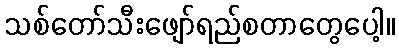
သစ်တော်သီးဖျော်ရည်စတာတွေပေါ့။